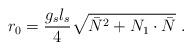
LaTeX: \begin{align*}r_0 = \frac{g_s l_s}{4} \sqrt{\bar{N}^2 + N_1\cdot\bar{N}}~.\end{align*}